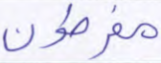
مفرطون